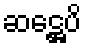
ဆဋ္ဌေပိ